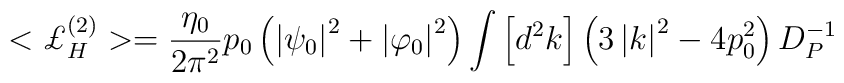
<{\pounds}_H^{(2)}>=\frac{\eta _{0}}{ 2 \pi^2} p_{0}\left( \left|\psi _{0}\right| ^{2}+\left| \varphi _{0}\right| ^{2}\right) \int \left[ d^{2}k\right] \left( 3\left|k\right| ^{2}-4p_{0}^{2}\right) D_{P}^{-1}